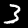
Digit: 3